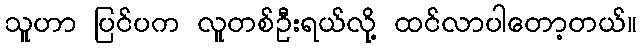
သူဟာ ပြင်ပက လူတစ်ဦးရယ်လို့ ထင်လာပါတော့တယ်။